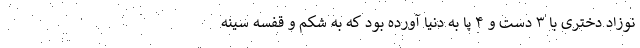
نوزاد دختری با ۳ دست و ۴ پا به دنیا آورده بود که به شکم و قفسه سینه